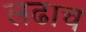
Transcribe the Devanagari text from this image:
लढाच